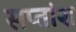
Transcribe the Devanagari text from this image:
सप्तांश